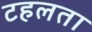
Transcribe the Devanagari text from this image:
टहलता